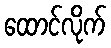
ထောင်လိုက်